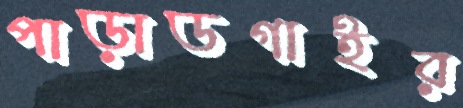
পাড়াডগাইর